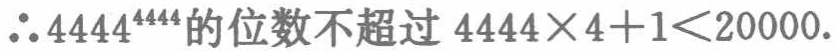
\(\therefore 4444^{4444}\)的位数不超过\(4444\times4 + 1<20000\).